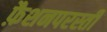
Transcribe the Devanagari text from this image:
फ़ैशनपरस्ती